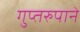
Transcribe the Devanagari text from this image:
गुप्तरुपाने